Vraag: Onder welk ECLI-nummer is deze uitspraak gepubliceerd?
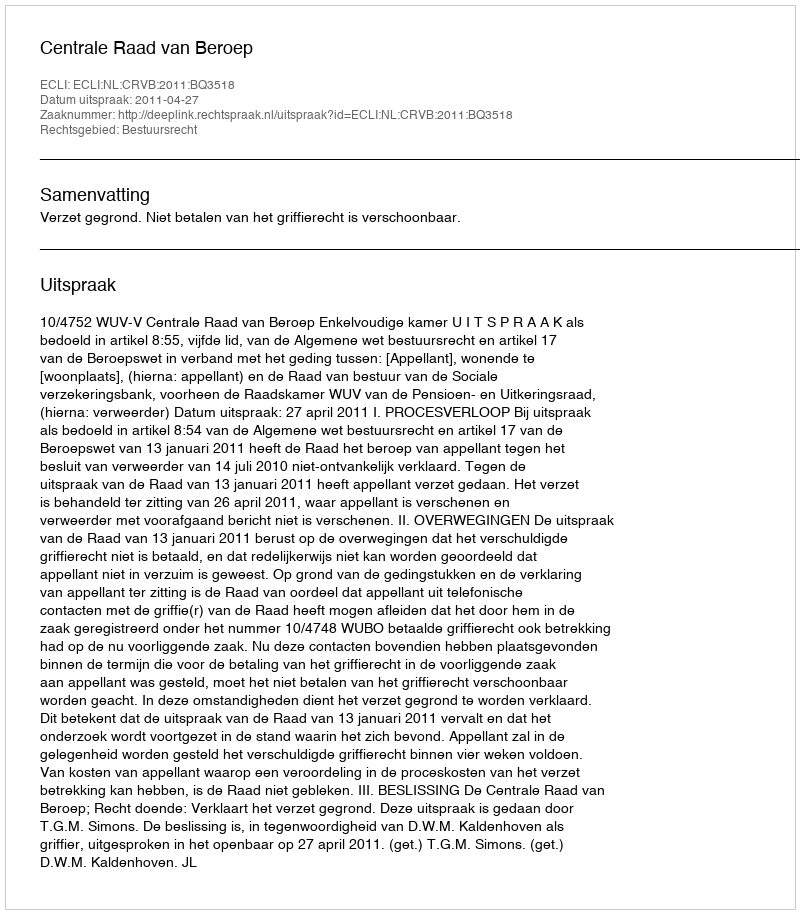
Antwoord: ECLI:NL:CRVB:2011:BQ3518